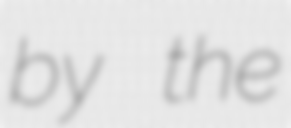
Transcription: by the